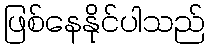
ဖြစ်နေနိုင်ပါသည်